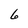
Character: 6